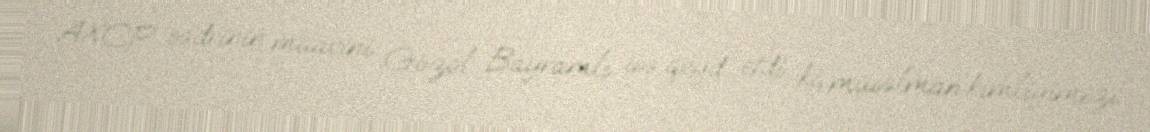
AXCP sədrinin müavini Gözəl Bayramlı isə qeyd etdi ki, müsəlman kimliyimizi